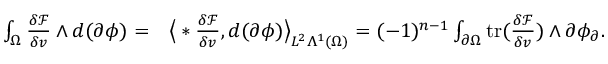
\begin{array} { r l } { \int _ { \Omega } \frac { \delta \mathcal { F } } { \delta v } \wedge d ( \partial \phi ) = } & { { } \big \langle \ast \frac { \delta \mathcal { F } } { \delta v } , d ( \partial \phi ) \big \rangle _ { L ^ { 2 } \Lambda ^ { 1 } ( \Omega ) } = ( - 1 ) ^ { n - 1 } \int _ { \partial \Omega } \mathrm { t r } ( \frac { \delta \mathcal { F } } { \delta v } ) \wedge \partial \phi _ { \partial } . } \end{array}